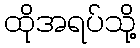
ထိုအရပ်သို့